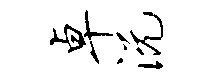
卓沅